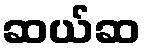
ဆယ်ဆ